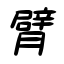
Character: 臂